Report of the Municipal Commissioner on the plague in Bombay for the year ending 31st May... - Volume 1
Disease focus: Plague
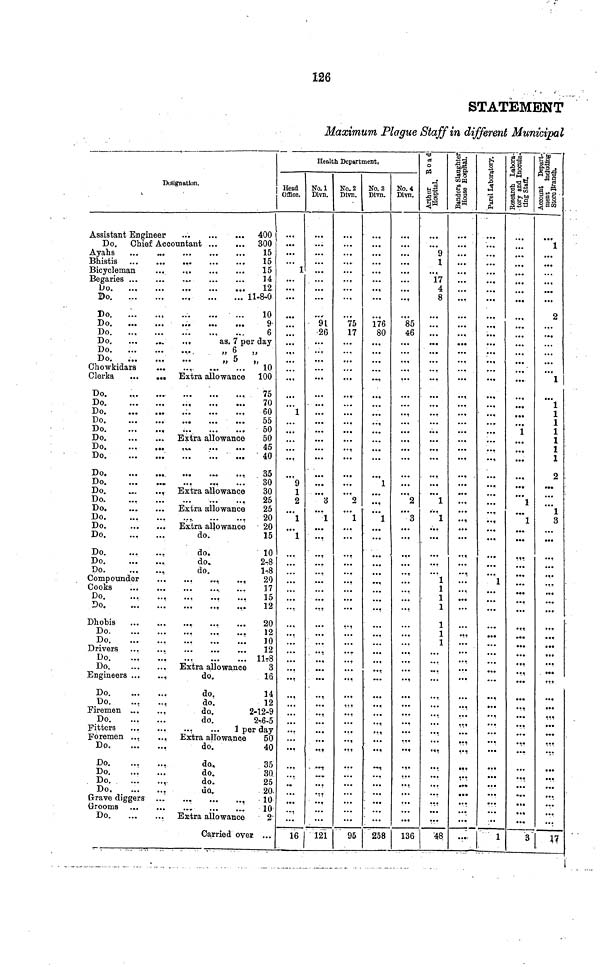
126
STATEMENT
Mammum, Plague Staff in different Municipal
Designation.
i
Assistant Engineer
...
...
... 400
Do. Chief Accountant
300
Bhistis
15
Bicycleman
...
."
15
Begaries
14
Do
r
12
Do
11-8-0
Do.
...
10
Do
9
Do
6
Do
,
as. 7 per day
Do.
...
...
... .
„ 6 ,,
Do.
„ 5 „
Chowkidara
...
...
10
Clerks,
Extra allowance 100
Do.
„
75
Do
70
Do
60
Do
55
Do
50
Do.
Extra allowance
50
Do
45
Do
...
40
Do
35
Do
...
30
Do.
, Extra allowance
30
Do
25
Do.
Extra allowance
25
Do
20
Do.
Extra allowance
20
Do
do.
15
Do
do.
10
Do
do.
2-8
Do
do,
1-8
Compounder
,
..,
20
Cooks
...
17
Do
15
Do
12
Dhobis
,
20
Do
12
Do
10
Drivers
12
Do
11?8
Do
Extra allowance
3
Engineers
do.
16
Do.
...
...
do.
14
Do
do.
12
Firemen ...
...
do.
2-12-9
Do
do.
2-6-5
Foremen
Extra allowance
50
Do
do.
40
Do
do.
35
Do
do.
30
Do
,
do.
25
Do
da.
20.
Grooms
10
Do
Extra allowance
2
Carried over ...
Health Department,
Head
Office.
1
...
1
9
1
2
1
1
16
No.1
Divn.
9t
26
...
3
1
121
No. 2
Divn.
75
17
...
2
1
95
No. 3
Divn.
176
80
1
...
1
258
No. 4
Divn.
85
46
2
3
136
Arthur Road
Hospital.
9
1
17
4
8
1
1
1
1
1
1
1
1
1
48,
Bandora Slaughter
House Hospital.
...
...
...
...
...
Parel Laboratory.
...
...
1
1
Research Labora-
tory and Inocula-
ting Staff.
1
1
1
3
Account Dep
ment includi
Store Branch
1
2
1
1
1
1
1
1
1
1
2 .
1
3
17